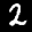
Label: 2